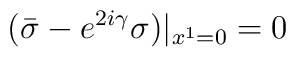
({\bar \sigma}-e^{2i\gamma}\sigma)|_{x^1=0}=0